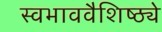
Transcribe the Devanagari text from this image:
स्वभाववैशिष्ठ्ये